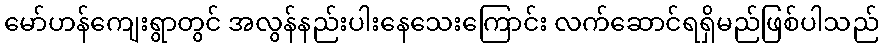
မော်ဟန်ကျေးရွာတွင် အလွန်နည်းပါးနေသေးကြောင်း လက်ဆောင်ရရှိမည်ဖြစ်ပါသည်